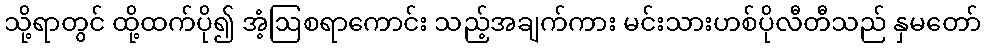
သို့ရာတွင် ထို့ထက်ပို၍ အံ့ဩစရာကောင်း သည့်အချက်ကား မင်းသားဟစ်ပိုလီတီသည် နှမတော်